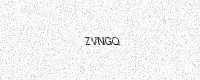
Text: ZVNGQ